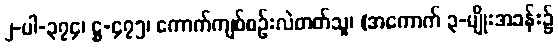
၂-ပါ-၃၇၄၊ ဋ္ဌ-၄၇၅၊ ကောက်ကျစ်စဉ်းလဲတတ်သူ၊ (အကောက် ၃-မျိုးအခန်း၌